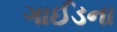
ગાઈડના